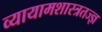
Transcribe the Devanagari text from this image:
व्यायामशास्त्रतज्ज्ञ